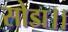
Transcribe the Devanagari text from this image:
सोडा।।